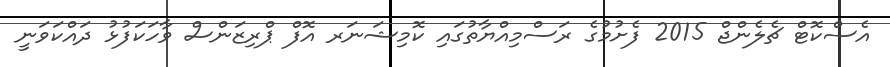
އެސްކޮޓް ޗެލެންޖް 2015 ފެށުމުގެ ރަސްމިއްޔާތުގައި ކޮމިޝަނަރ އޮފް ޕްރިޒަންސް ވާހަކަފުޅު ދައްކަވަނީ